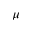
\mu